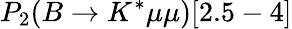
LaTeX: P_{2}(B\to K^{*}\mu\mu)[2.5-4]